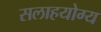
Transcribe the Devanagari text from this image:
सलाहयोग्य